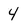
Character: 4